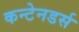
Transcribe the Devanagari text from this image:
कन्टेनडर्स